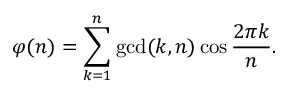
\varphi ( n ) = \sum _ { k = 1 } ^ { n } \operatorname* { g c d } ( k , n ) \cos { \frac { 2 \pi k } { n } } .